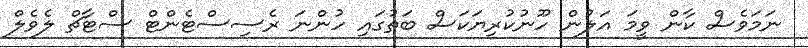
ނަމަވެސް ކާން ވީމަ އަލުން ހޫނުކުރިޔަކަސް ބަތުގައި ހުންނަ ރެސިސްޓެންޓް ސްޓާޗް ލެވެލް